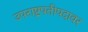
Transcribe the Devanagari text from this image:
उपराष्ट्रपतीपदावर